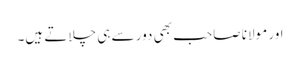
اور مولانا صاحب بھی دور سے ہی چلاتے ہیں۔